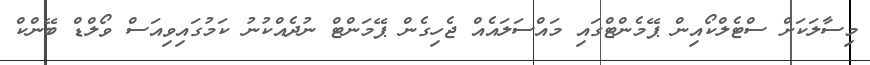
މިސާލަކަށް ސްޓެލްކޯއިން ޕޭމެންޓްގައި މައްސަލައެއް ޖެހިގެން ޕޭމަންޓް ނުދެއްކުނު ކަމުގައިވިއަސް ވޯލްޑް ބޭންކް